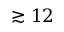
\gtrsim 1 2